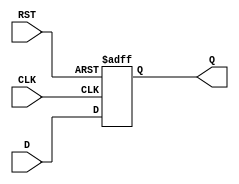
module DataRegister (
    input wire D,        // Data input
    input wire CLK,      // Clock input
    input wire RST,      // Reset input
    output reg Q         // Data output
);

// Asynchronous reset behavior
always @(posedge CLK or posedge RST) begin
    if (RST) begin
        Q <= 1'b0;       // Set Q to 0 when reset is asserted
    end else begin
        Q <= D;          // Update Q with the input data D on clock edge
    end
end

endmodule